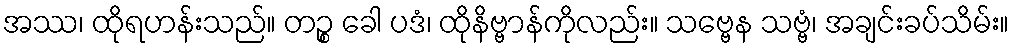
အဿ၊ ထိုရဟန်းသည်။ တဉ္စ ခေါ ပဒံ၊ ထိုနိဗ္ဗာန်ကိုလည်း။ သဗ္ဗေန သဗ္ဗံ၊ အချင်းခပ်သိမ်း။